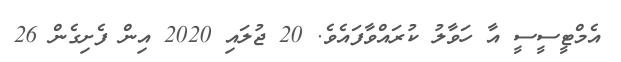
އެމްޓީސީސީ އާ ހަވާލު ކުރައްވާފައެވެ. 20 ޖުލައި 2020 އިން ފެށިގެން 26